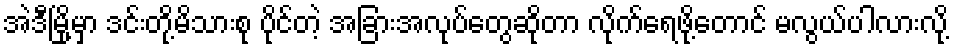
အဲဒီမြို့မှာ ဒင်းတို့မိသားစု ပိုင်တဲ့ အခြားအလုပ်တွေဆိုတာ လိုက်ရေဖို့တောင် မလွယ်ပါလားလို့